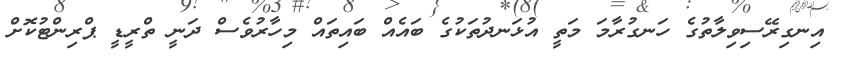
އިނގިރޭސިވިލާތުގެ ހަނގުރާމަ މަތީ އުޅަނދުތަކުގެ ބައެއް ބައިތައް މިހާރުވެސް ދަނީ ތްރީޑީ ޕްރިންޓުކޮށް